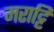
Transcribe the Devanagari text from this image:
मराट्टि